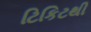
ટિકિટથી